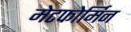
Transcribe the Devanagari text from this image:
मेटफोर्मिन